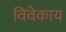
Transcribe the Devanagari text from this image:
विवेकाय